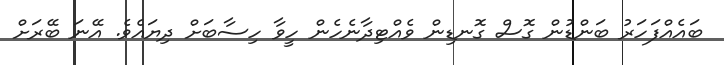
ބައެއްފަހަރު ބަންޑުން ގޮސް ގޮނޑިން ވެއްޓިދާނެހެން ހީވާ ހިސާބަށް ދިޔައެވެ. އޭނަ ބޭރަށް